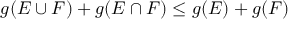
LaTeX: g ( E \cup F ) + g ( E \cap F ) \leq g ( E ) + g ( F )